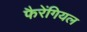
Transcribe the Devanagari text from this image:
फैरेंगियल